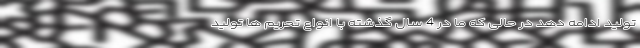
تولید ادامه دهد در حالی که ما در 4 سال گذشته با انواع تحریم ها تولید